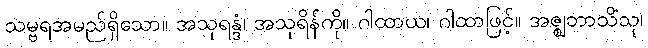
သမ္ဗရအမည်ရှိသော။ အသုရန္ဒံ၊ အသုရိန်ကို။ ဂါထာယ၊ ဂါထာဖြင့်။ အဇ္ဈဘာသိံသု၊